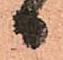
日